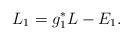
LaTeX: \begin{align*} L_1 = g_1^*L - E_1.\end{align*}